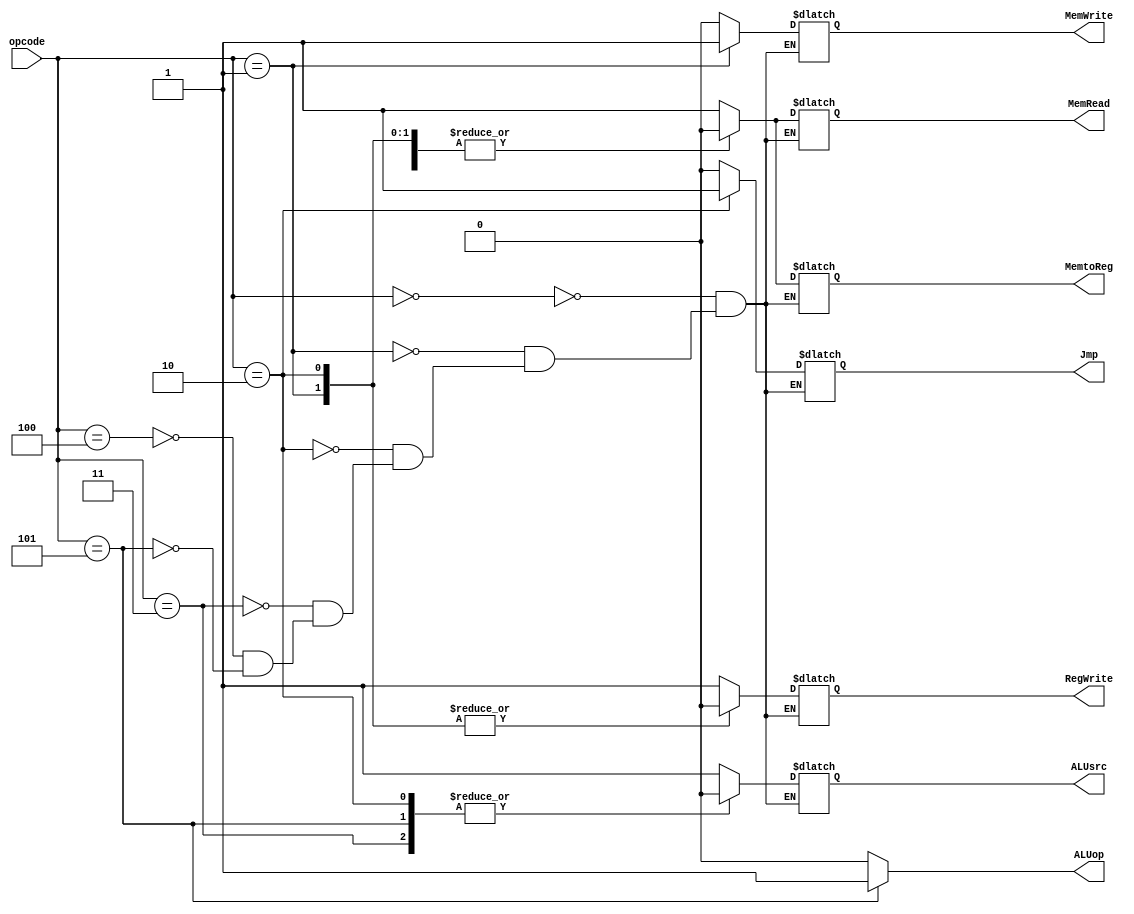

module cntrl_unit(
input [2:0]opcode,
output reg Jmp,MemRead,MemtoReg,MemWrite,ALUsrc,RegWrite,
output reg ALUop
);

 always@*
	begin
	case(opcode)
		3'b000 : begin		//I-type lw
				Jmp=0;
				MemRead=1;
				MemtoReg=1;
				MemWrite=0;
				ALUsrc=1;
				RegWrite=1;
				ALUop=1'b0;
			     end
		3'b001 : begin		//I-type sw
				Jmp=0;
				MemRead=0;
				MemtoReg=0;
				MemWrite=1;
				ALUsrc=1;
				RegWrite=0;
				ALUop=1'b0;
			     end
		3'b010 : begin		//J-type
				Jmp=1;
				MemRead=0;
				MemtoReg=0;
				MemWrite=0;
				ALUsrc=0;
				RegWrite=0;
				ALUop=1'b0;
			     end
		3'b011 : begin		//R-type add
				Jmp=0;
				MemRead=0;
				MemtoReg=0;
				MemWrite=0;
				ALUsrc=0;
				RegWrite=1;
				ALUop=1'b0;
			     end
		3'b100 : begin		//I-type addi
				Jmp=0;
				MemRead=0;
				MemtoReg=0;
				MemWrite=0;
				ALUsrc=1;
				RegWrite=1;
				ALUop=1'b0;
			     end
		3'b101 : begin		//R-type sub
				Jmp=0;
				MemRead=0;
				MemtoReg=0;
				MemWrite=0;
				ALUsrc=0;
				RegWrite=1;
				ALUop=1'b1;
			     end
		default: ALUop=1'b0;

	endcase
	end
endmodule